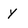
Character: y